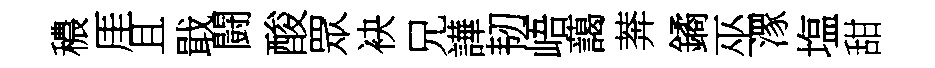
穠厓且戢闘酸眾袂兄譁韧峿藹莾鐍巫潈塩甜